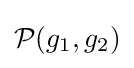
{\mathcal {P}}(g_{1},g_{2})